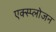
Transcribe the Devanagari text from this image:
एक्स्प्लोजन